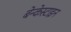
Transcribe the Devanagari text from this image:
बेन्केस्टाइन